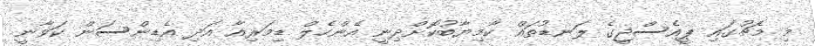
މި މެޗުގައި ޕީއެސްޖީގެ ލަނޑުތައް ކާމިޔާބުކޮށްދިނީ އެންހެލް ޑިމަރިއާ އަދި އެޑިންސަން ކަވާނީ